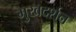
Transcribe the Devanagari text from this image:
मुखदर्शन